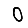
Digit: 0